Annual administration and progress report of the Indian Medical Department, Bombay
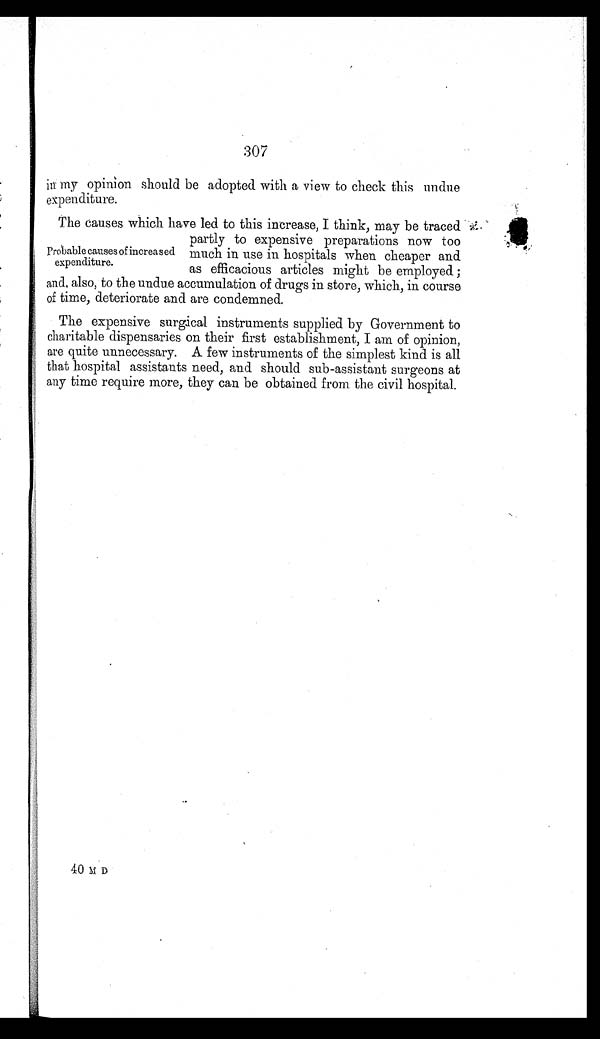
307
in my opinion should be adopted with a view to check this undue
expenditure.
The causes which have led to this increase, I think, may be traced
partly to expensive preparations now too
much in use in hospitals when cheaper and
as efficacious articles might be employed;
and, also, to the undue accumulation of drugs in store, which, in course
of time, deteriorate and are condemned.
The expensive surgical instruments supplied by Government to
charitable dispensaries on their first establishment, I am of opinion,
are quite unnecessary. A few instruments of the simplest kind is all
that hospital assistants need, and should sub-assistant surgeons at
any time require more, they can be obtained from the civil hospital.
probable causes of increased
expenditure.
40 M D